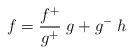
LaTeX: \begin{align*}f = \frac{f ^+}{g^+ }\;g + g^-\; h\end{align*}